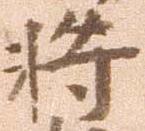
将